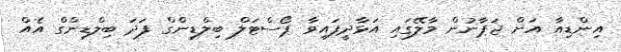
އިންޑިއާ އަށް ޖަޕާނުން މާލޭގައި އަޅާދީފައިވާ ޕޯސްޓަލް ބިލްޑިންގް ފަދަ ބިލްޑިންގް އެއް